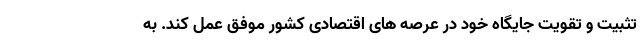
تثبیت و تقویت جایگاه خود در عرصه های اقتصادی کشور موفق عمل کند. به